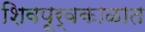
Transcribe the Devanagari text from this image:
शिवपूर्वकाळात